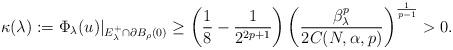
LaTeX: \begin{align*}\kappa(\lambda):= \Phi_\lambda(u)|_{E^+_\lambda\cap \partial B_\rho(0)}\geq\left(\frac{1}{8}-\frac{1}{2^{2p+1}}\right)\left(\frac{\beta_\lambda^p}{2C(N,\alpha,p)}\right)^{\frac{1}{p-1}}>0.\end{align*}